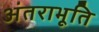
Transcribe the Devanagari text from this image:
अंतराभूति